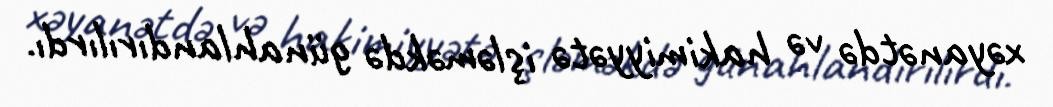
xəyanətdə və hakimiyyətə işləməkdə günahlandırılırdı.